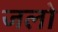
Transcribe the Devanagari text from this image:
जलो